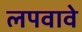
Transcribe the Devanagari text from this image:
लपवावे